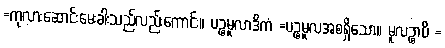
=ကုလားဆောင်းမေးခါးသည်လည်းကောင်း။ ပဉ္စမူလာဒိကံ =ပဉ္စမူလအစရှိသော။ မူလဉ္စာပိ =